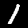
Digit: 1